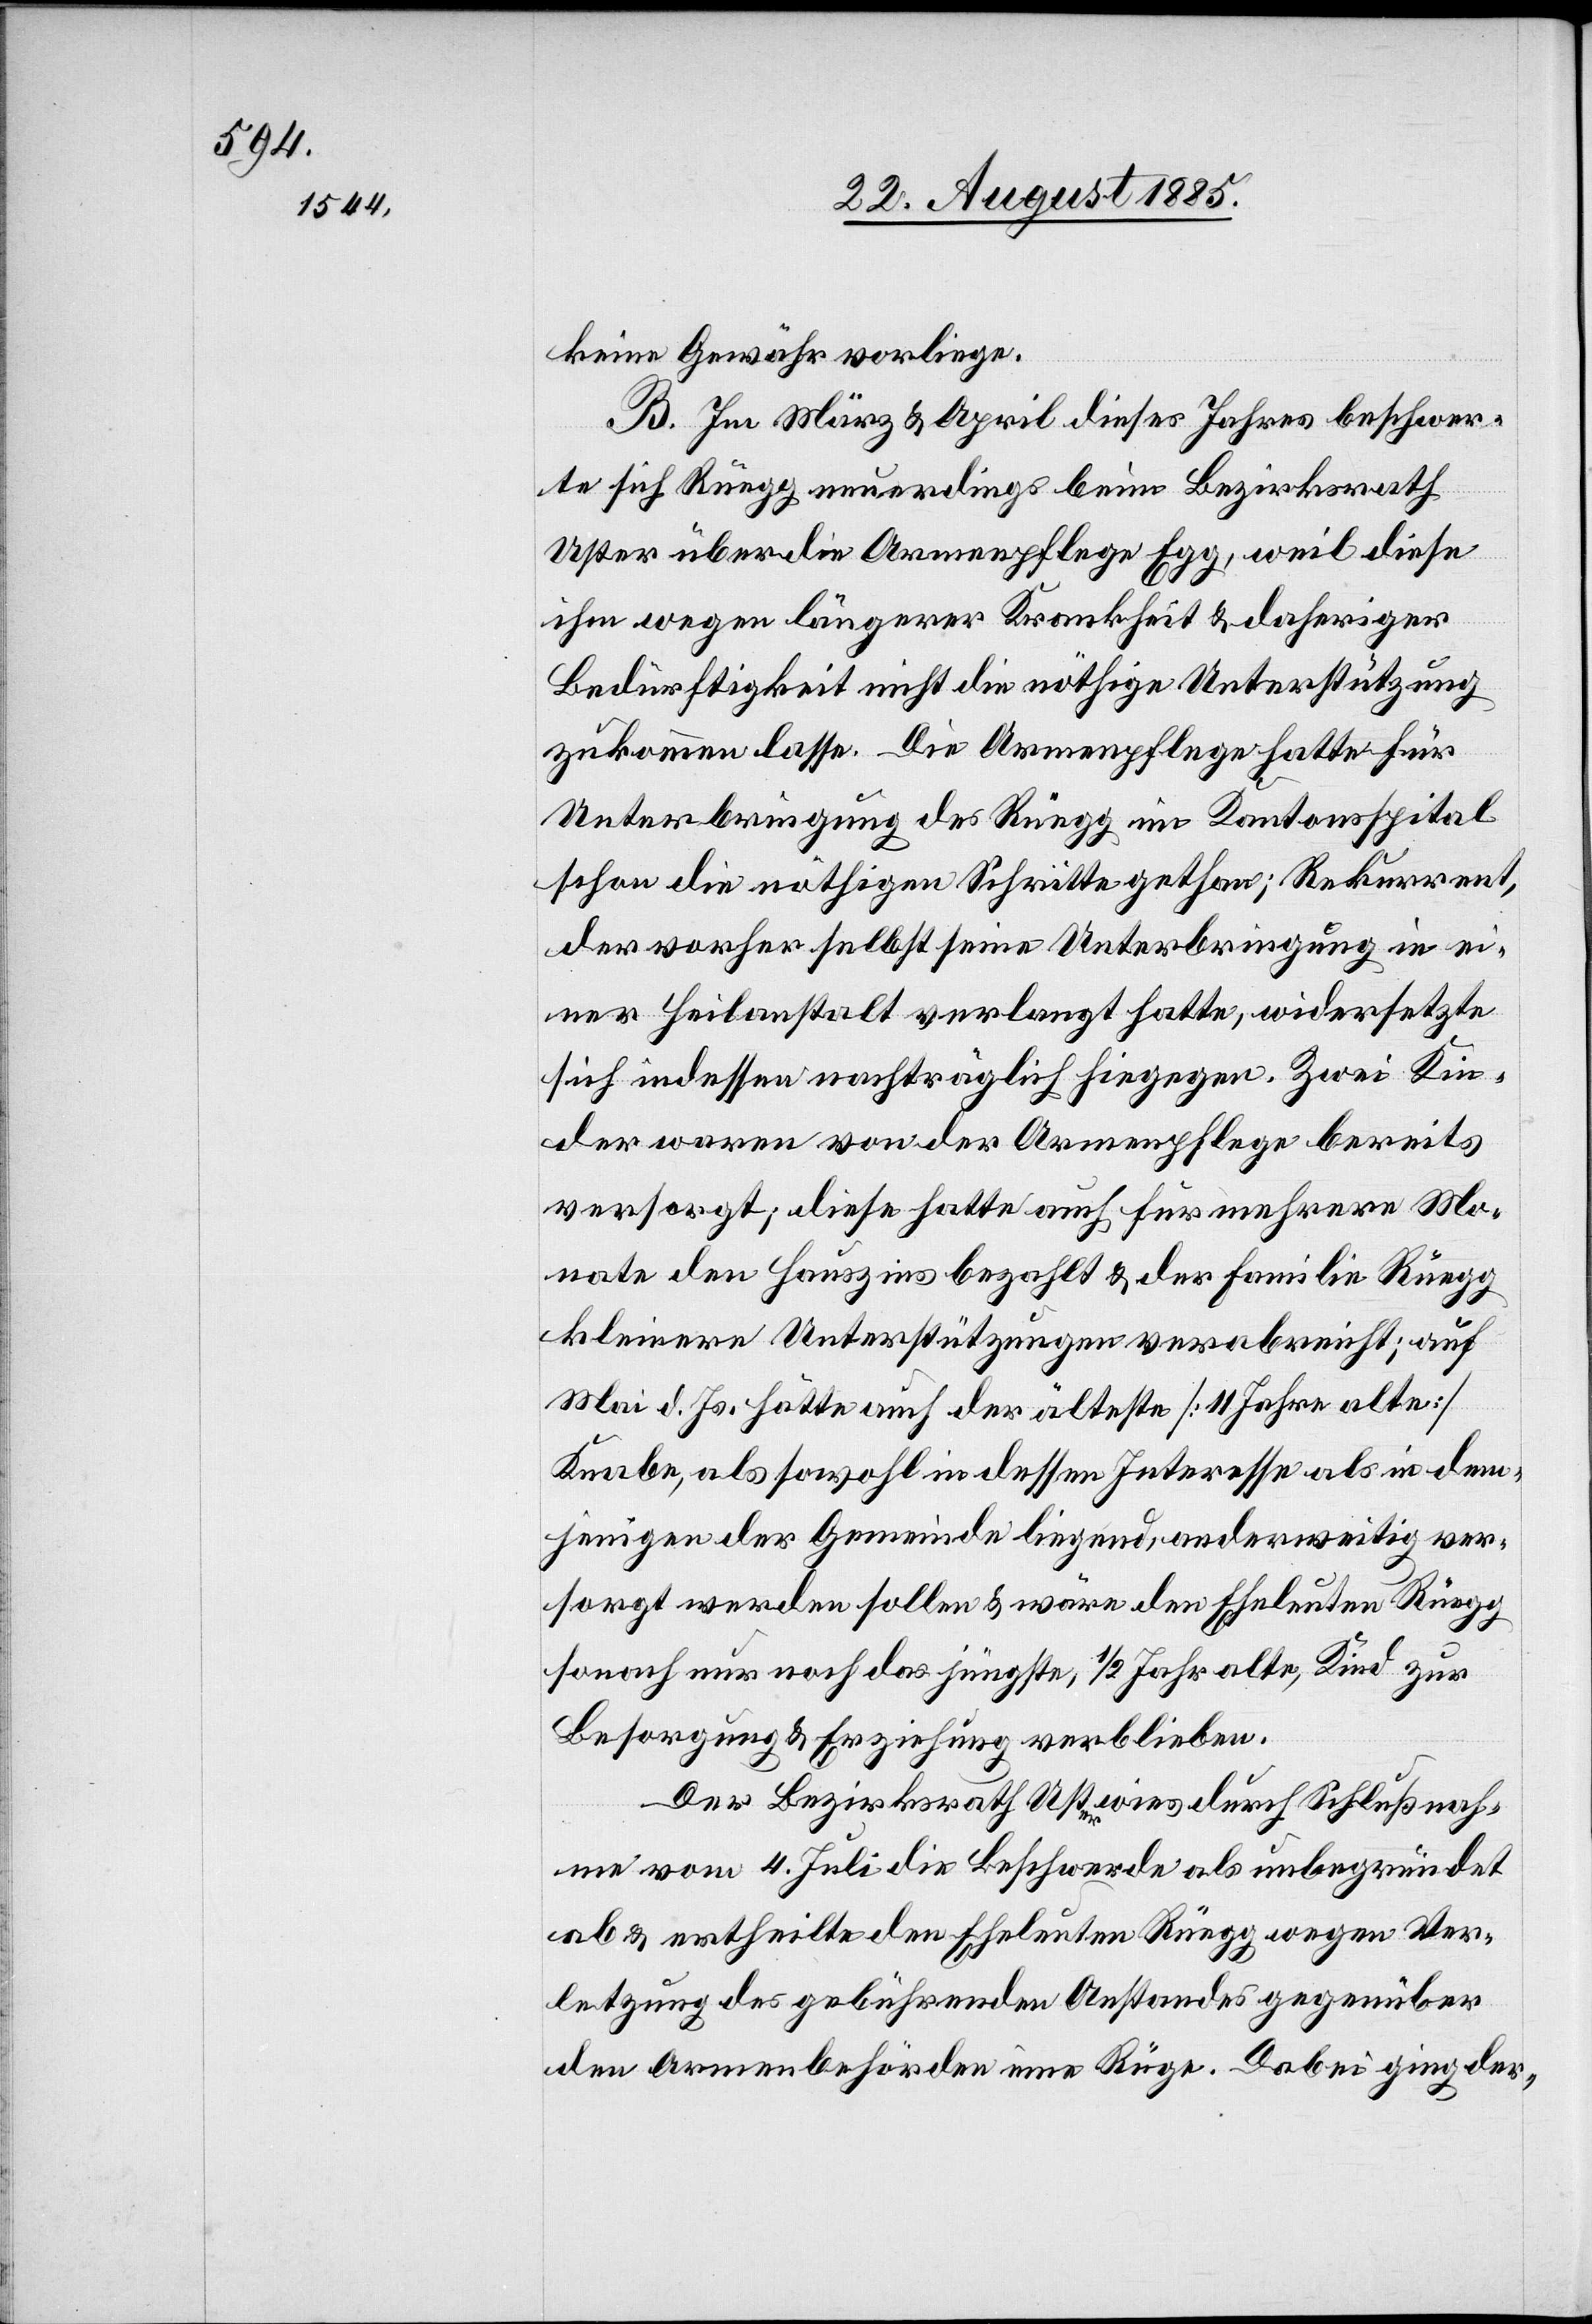
keine Gewähr vorliege.
B. Im März & April dieses Jahres beschwer¬
te sich Rüegg neuerdings beim Bezirksrath
Uster über die Armenpflege Egg, weil diese
ihm wegen längerer Krankheit & daheriger
Bedürftigkeit nicht die nöthige Unterstützung
zukommen lasse. Die Armenpflege hatte für
Unterbringung des Rüegg im Kantonsspital
schon die nöthigen Schritte gethan; Rekurrent,
der vorher selbst seine Unterbringung in ei¬
ner Heilanstalt verlangt hatte, widersetzte
sich indessen nachträglich hiegegen. Zwei Kin¬
der waren von der Armenpflege bereits
versorgt; diese hatte auch für mehrere Mo¬
nate den Hauszins bezahlt & der Familie Rüegg
kleinere Unterstützungen verabreicht; auf
Mai d. Js. hätte auch der älteste [11 Jahre alte]
Knabe, als sowohl in dessen Interesse als in dem¬
jenigen der Gemeinde liegend, anderweitig ver¬
sorgt werden sollen & wäre den Eheleuten Rüegg
sonach nur noch das jüngste, 1/2 Jahr alte, Kind zur
Besorgung & Erziehung verblieben.
Der Bezirksrath Uster wies durch Schlußnah¬
me vom 4. Juli die Beschwerde als unbegründet
ab & ertheilte den Eheleuten Rüegg wegen Ver¬
letzung des gebührenden Anstandes gegenüber
den Armenbehörden eine Rüge. Dabei ging der-